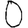
Digit: 0